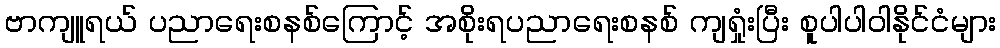
ဗာကျူရယ် ပညာရေးစနစ်ကြောင့် အစိုးရပညာရေးစနစ် ကျရှုံးပြီး စူပါပါဝါနိုင်ငံများ